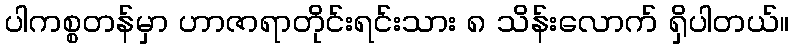
ပါကစ္စတန်မှာ ဟာဇာရာတိုင်းရင်းသား ၈ သိန်းလောက် ရှိပါတယ်။